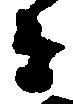
者